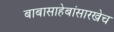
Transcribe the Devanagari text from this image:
बाबासाहेबांसारखेच